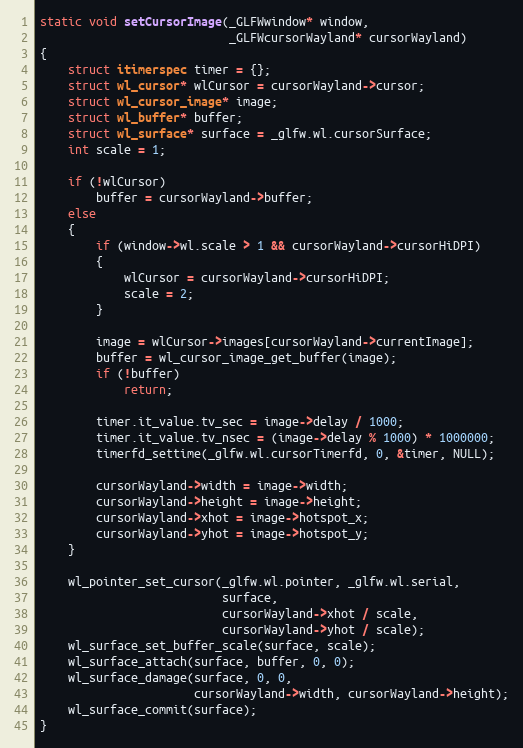
Language: C
static void setCursorImage(_GLFWwindow* window,
                           _GLFWcursorWayland* cursorWayland)
{
    struct itimerspec timer = {};
    struct wl_cursor* wlCursor = cursorWayland->cursor;
    struct wl_cursor_image* image;
    struct wl_buffer* buffer;
    struct wl_surface* surface = _glfw.wl.cursorSurface;
    int scale = 1;

    if (!wlCursor)
        buffer = cursorWayland->buffer;
    else
    {
        if (window->wl.scale > 1 && cursorWayland->cursorHiDPI)
        {
            wlCursor = cursorWayland->cursorHiDPI;
            scale = 2;
        }

        image = wlCursor->images[cursorWayland->currentImage];
        buffer = wl_cursor_image_get_buffer(image);
        if (!buffer)
            return;

        timer.it_value.tv_sec = image->delay / 1000;
        timer.it_value.tv_nsec = (image->delay % 1000) * 1000000;
        timerfd_settime(_glfw.wl.cursorTimerfd, 0, &timer, NULL);

        cursorWayland->width = image->width;
        cursorWayland->height = image->height;
        cursorWayland->xhot = image->hotspot_x;
        cursorWayland->yhot = image->hotspot_y;
    }

    wl_pointer_set_cursor(_glfw.wl.pointer, _glfw.wl.serial,
                          surface,
                          cursorWayland->xhot / scale,
                          cursorWayland->yhot / scale);
    wl_surface_set_buffer_scale(surface, scale);
    wl_surface_attach(surface, buffer, 0, 0);
    wl_surface_damage(surface, 0, 0,
                      cursorWayland->width, cursorWayland->height);
    wl_surface_commit(surface);
}